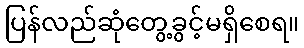
ပြန်လည်ဆုံတွေ့ခွင့်မရှိစေရ။